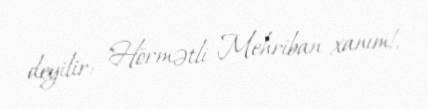
deyilir: "Hörmətli Mehriban xanım!.